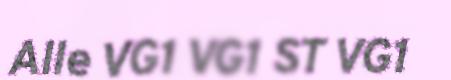
Alle VG1 VG1 ST VG1